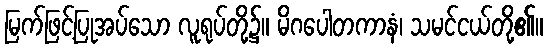
မြက်ဖြင့်ပြုအပ်သော လူရုပ်တို့၌။ မိဂပေါတကာနံ၊ သမင်ငယ်တို့၏။